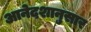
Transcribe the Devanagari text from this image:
आनेदशानुसार